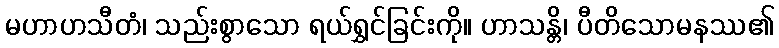
မဟာဟသီတံ၊ သည်းစွာသော ရယ်ရွှင်ခြင်းကို။ ဟာသန္တိ၊ ပီတိသောမနဿ၏